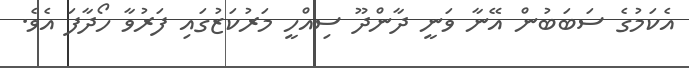
އެކަމުގެ ސަބަބުން އޭނާ ވަނީ ދާންދޫ ސިއްހީ މަރުކަޒުގައި ފަރުވާ ހޯދާފަ އެވެ.